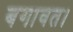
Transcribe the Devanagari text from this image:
बगावत।